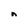
Character: n